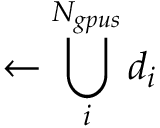
\gets \bigcup _ { i } ^ { N _ { g p u s } } d _ { i }